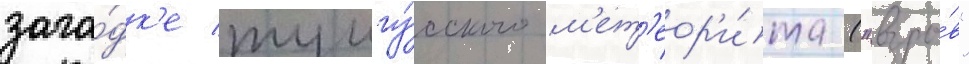
зага́дк'е тунгу́сского м'ет'еор'и́та ("взры́в"